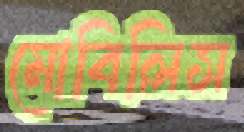
মোবিলিস